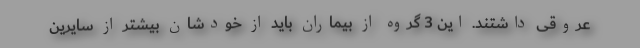
عروقی داشتند. این 3 گروه از بیماران باید از خودشان بیشتر از سایرین